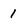
Character: 1